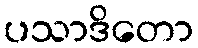
ပသာဒိတော